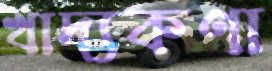
খাদ্যকণা